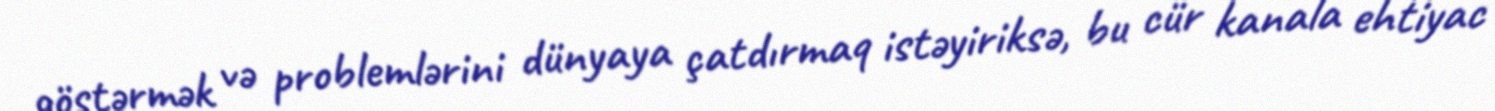
göstərmək və problemlərini dünyaya çatdırmaq istəyiriksə, bu cür kanala ehtiyac